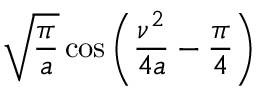
{ \sqrt { \frac { \pi } { a } } } \cos \left( { \frac { \nu ^ { 2 } } { 4 a } } - { \frac { \pi } { 4 } } \right)